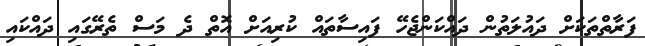
ފަރާތްތަކަށް ދައުލަތުން ދައްކަންޖެހޭ ފައިސާތައް ކުރިއަށް އޮތް ދެ މަސް ތެރޭގައި ދައްކައި